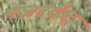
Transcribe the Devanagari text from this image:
नजरकैद